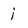
Character: i